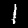
Label: 1